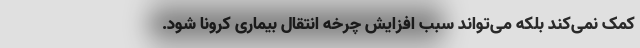
کمک نمی‌کند بلکه می‌تواند سبب افزایش چرخه انتقال بیماری کرونا شود.